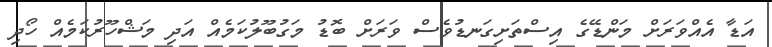
އަޑާ އެއްވަރަށް މަންޑޭގެ އިސްތަށިގަނޑުވެސް ވަރަށް ބޮޑު މަގުބޫލުކަމެއް އަދި މަޝްހޫރުކަމެއް ހޯދި